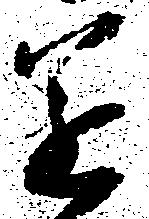
遂